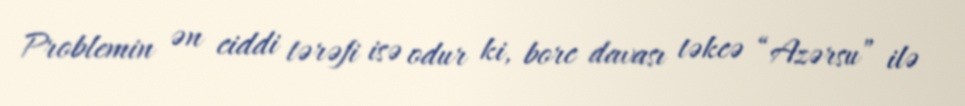
Problemin ən ciddi tərəfi isə odur ki, borc davası təkcə “Azərsu” ilə